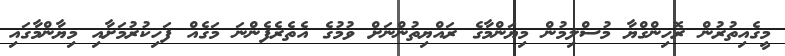
މީގެއިތުރުން ރޮހިންގްޔާ މުސްލިމުން މިޔަންމާގެ ރައްޔިތުންނަށް ވުމުގެ އެތެރެފެންނަ މަގެއް ފަހިކުރުމަށާއި މިޔާންމާގައި